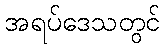
အရပ်ဒေသတွင်